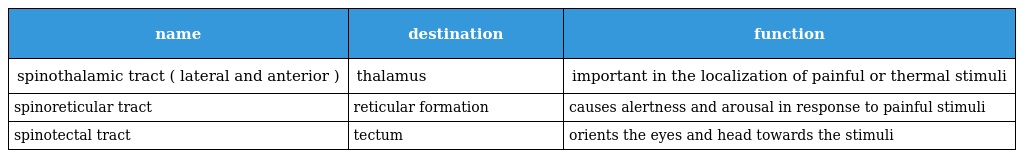
| name | destination | function |
 | --- | --- | --- |
 | spinothalamic tract ( lateral and anterior ) | thalamus | important in the localization of painful or thermal stimuli |
 | spinoreticular tract | reticular formation | causes alertness and arousal in response to painful stimuli |
 | spinotectal tract | tectum | orients the eyes and head towards the stimuli |